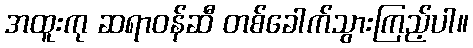
အထူးကု ဆရာဝန်ဆီ တစ်ခေါက်သွားကြည့်ပါ။